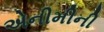
એનીમીની